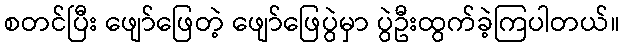
စတင်ပြီး ဖျော်ဖြေတဲ့ ဖျော်ဖြေပွဲမှာ ပွဲဦးထွက်ခဲ့ကြပါတယ်။